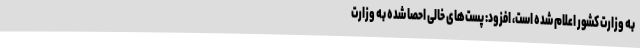
به وزارت کشور اعلام شده است، افزود: پست‌های خالی احصا شده به وزارت